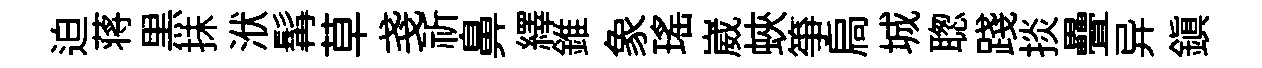
迫蒋黒抺洑髯草戔祈鼻繹錐象瑤崴蛺箏扃城聦踐掞疊异鎭